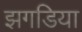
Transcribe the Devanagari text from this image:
झगडिया